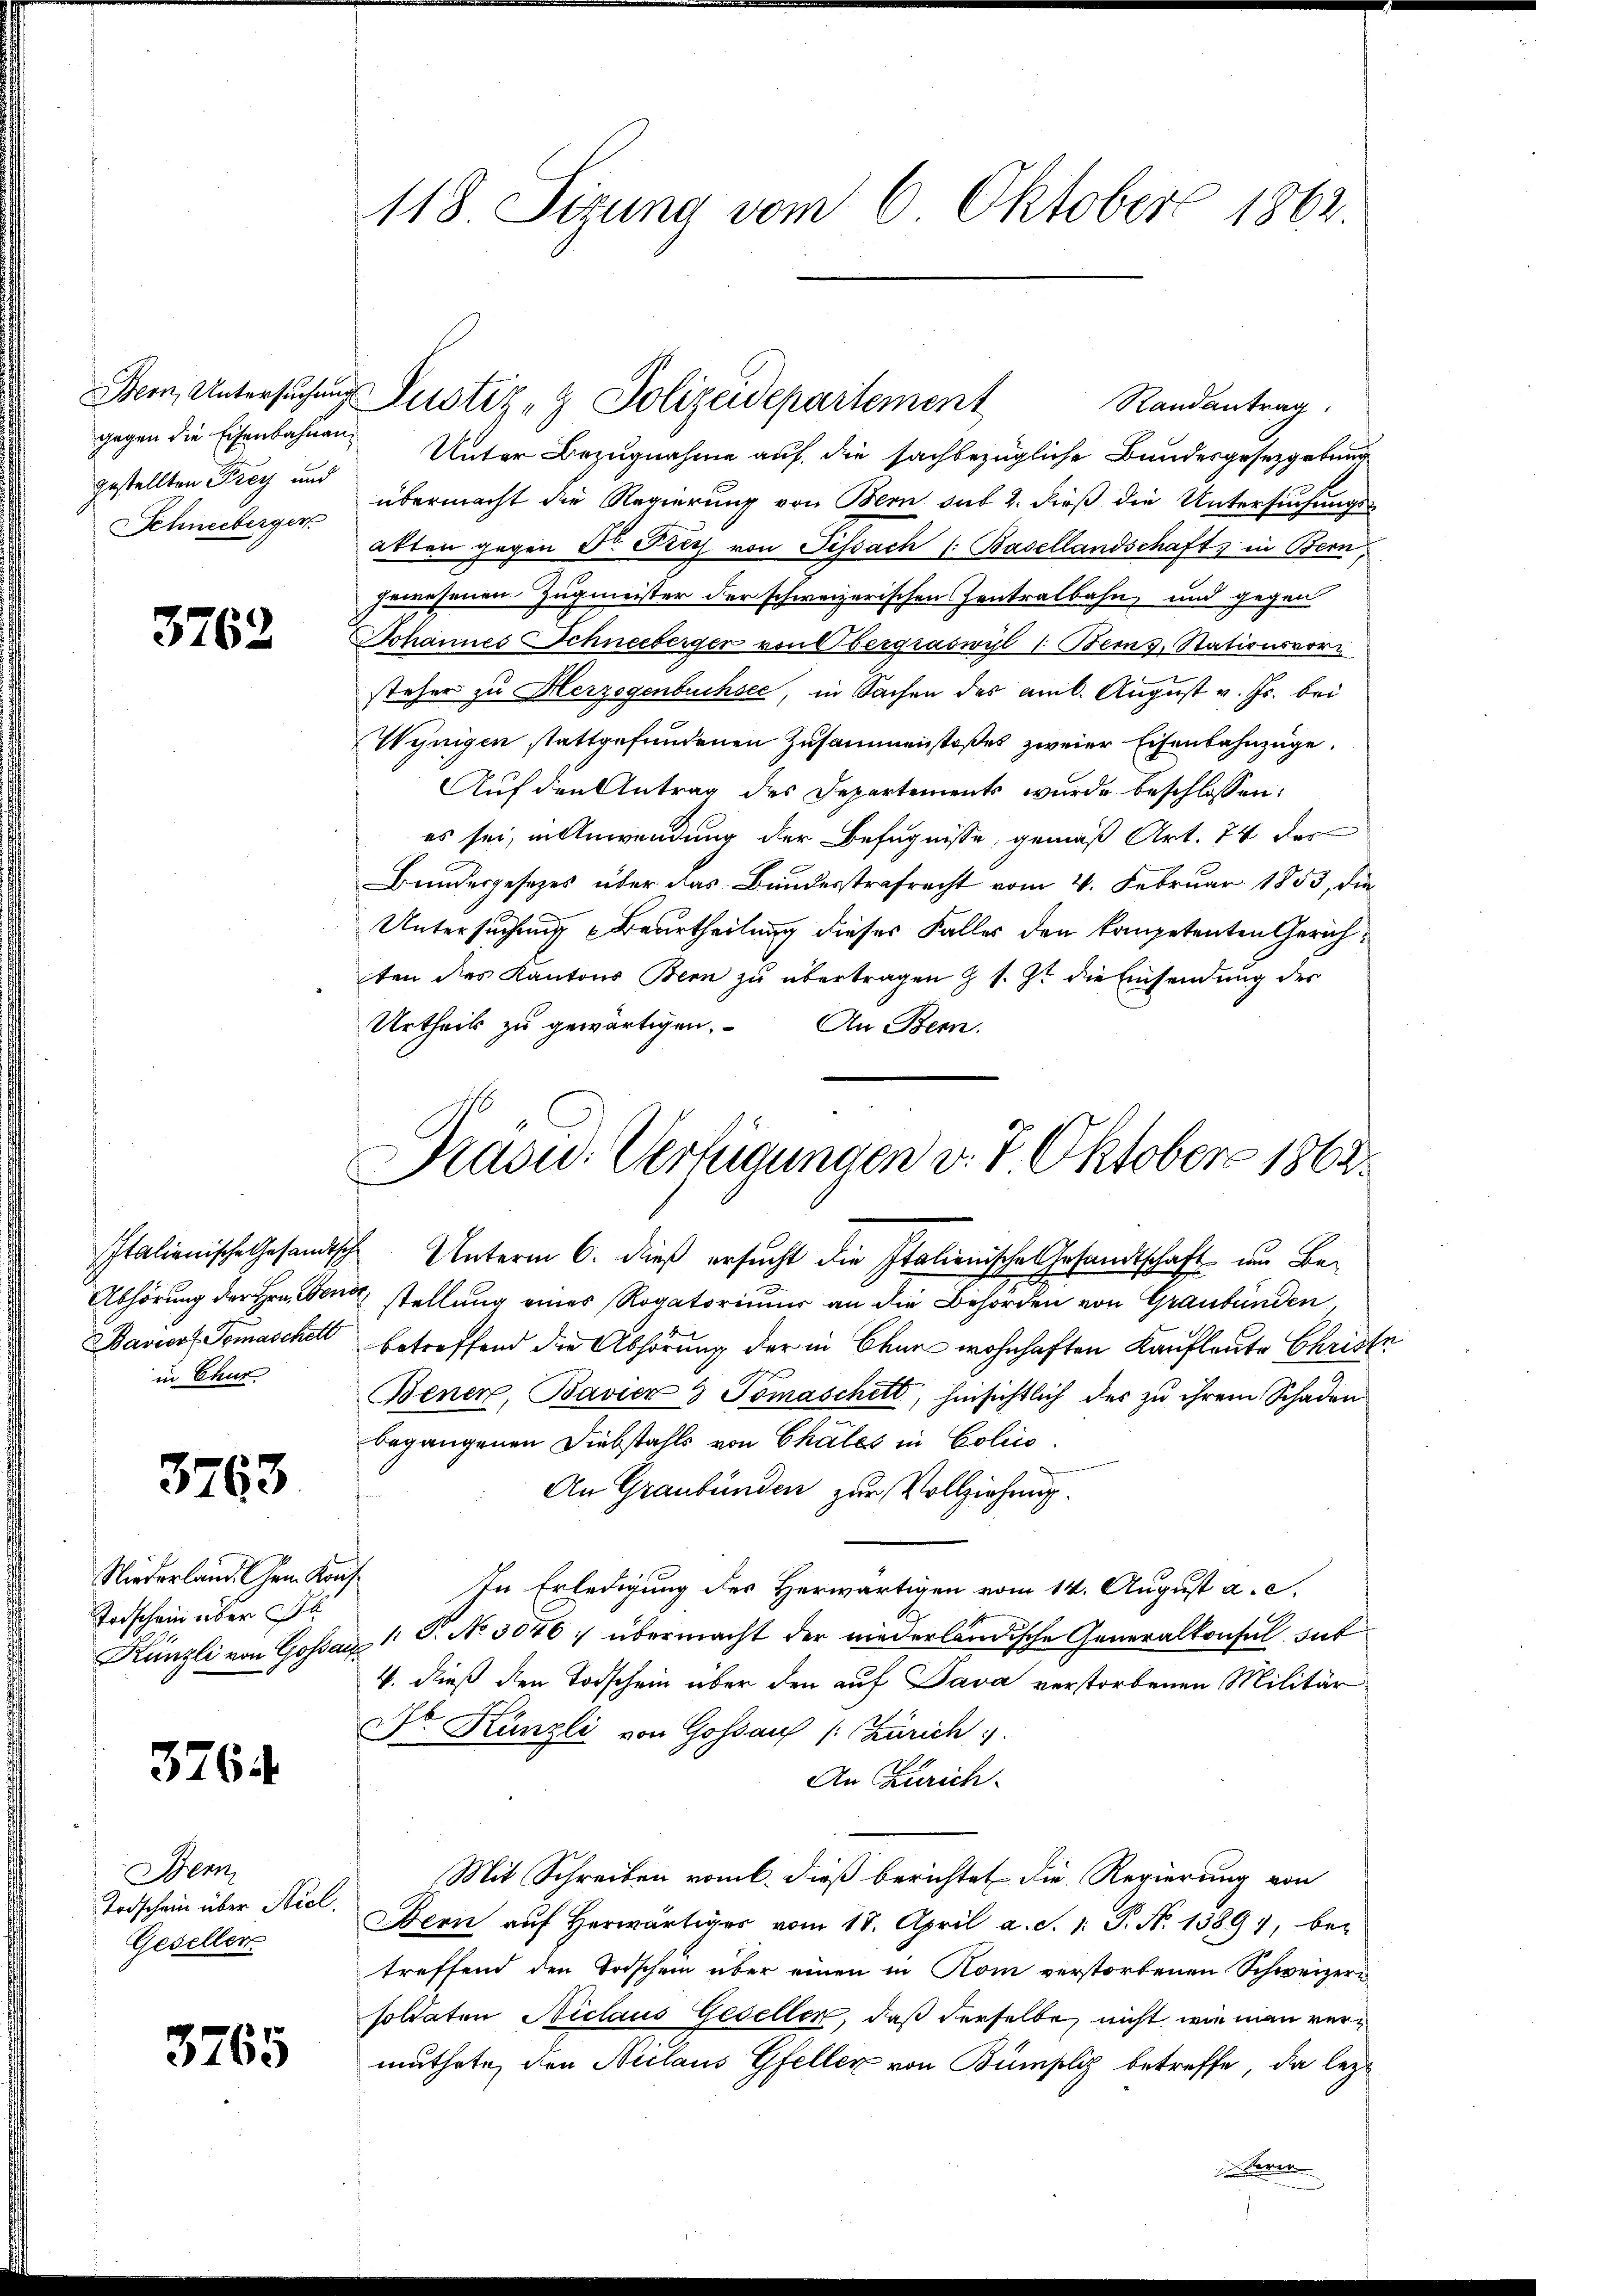
gegen die Eisenbahnangestellten Frey und
Schneeberger

3762

in Chur

3763

Niederland Chem. Kon¬
Todschein über b
Künzli von Gossart

376

Bern
Todschein über Nicl.
Geseller.

3765

118. Sirung vom 6. Oktober 1862.

Unter Bezugnahme auf die sachbezügliche Bundesgesetzgebung
übermacht die Regierung von Bern sub 2. dieß die Untersuchungsabten gegen Dr. Frey von Tissach 1. Basellandschaft, in Bern,
gewesenen Zugmeister der schweizerischen Zentralbahn und gegen
Johannes Schneeberger von Obergraswyl 1. Bems. Stationsvorsteher zu Herzogenbuchsee, in Sachen des amt. August v. Js. bei
Wynigen stattgefundenen Zusammenstoßes zweier Eisenbahnzüge.
Auf den Antrag des Departements wurde beschlossen:
es sei, in Anwendung der Befugnisse, gemäß Art. 74 des
Bundesgesetzes über das Bundesstrafrecht vom 4. Februar 1853, die
Untersuchung Beurtheilung dieses Falles den kompetenten Gerichten des Kantons Bern zu übertragen & s. Zt. die Einsendung der
Urtheil zu gewärtigen. An Bern.
Italienische Gesandtische Unterm 6. dieß ersucht die Italienische Gesandtschaft um Be¬
Abhörung der Hrn. Wenn stellung eines Rogatorium an die Behörden von Graubünden,
Baviert Tomaschett betreffend die Abhörung der in Chur wohnhaften Kaufleute Christ
Benen, Bavier & Tomaschett, hinsichtlich der zu ihrem Schaden
begangenen Diebstahls von Chales in Colić.
An Graubünden zur Vollziehung.
In Erledigung des Herwärtigen vom 14. August a. c.
 P. No 3046: übermacht der niederländische Generalkonsul aus
4. dieß den Todschein über den auf Java verstorbenen Militär
Nr Künzli von Gossau (: Zürich
An Zürich.
Mit Schreiben vom 6. dieß berichtet die Regierung von
Bern aŭf herwärtiges vom 18. April a. S. 1: P. N. 13897, betreffend den Todschein über einen in Kom verstorbenen Schweizern
soldaten Niclaus Gesellen, daß derselbe, nicht wie man vermuthete, den Niclaus Gfeller von Bümpliz betreffe, da lez¬

Dem Untersuchung Justiz- & Polizeidepartement
Randantrag

Präsid.. Verfügungen v. 7. Oktobers 1862